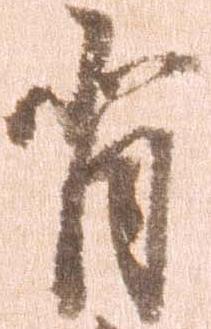
背